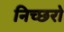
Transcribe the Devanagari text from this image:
निच्छरो